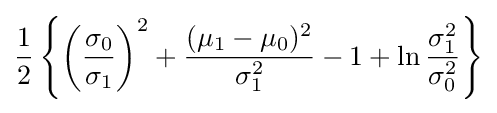
{1 \over 2}\left\{\left({\frac {\sigma _{0}}{\sigma _{1}}}\right)^{2}+{\frac {(\mu _{1}-\mu _{0})^{2}}{\sigma _{1}^{2}}}-1+\ln {\sigma _{1}^{2} \over \sigma _{0}^{2}}\right\}